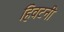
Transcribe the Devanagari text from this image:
हिवटनी